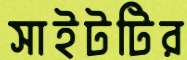
সাইটটির